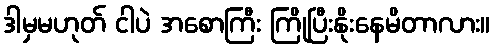
ဒါမှမဟုတ် ငါပဲ အစောကြီး ကြိုပြီးနိုးနေမိတာလား။